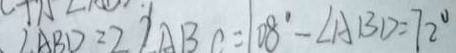
\angle A B D = 2 \angle A B C = 1 0 8 ^ { \circ } - \angle A B D = 7 2 ^ { \circ }